Scottish Leaving Certificate Examination, 1955
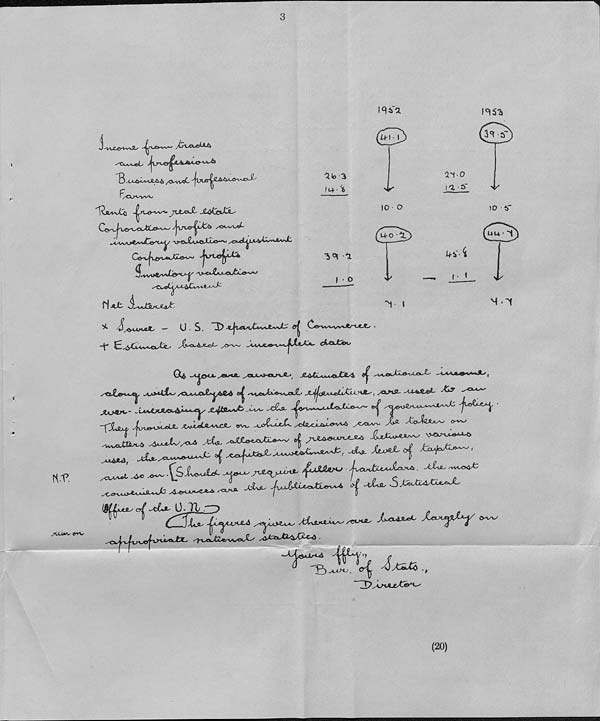
3
H-'P.
JUJJ** fffV
sXk**jcL
<1<0 3
f(4- ^
r ^^Xrv^vvV/
iqaa
(^77)
'V
to • o
a'f-o
/aa'
M-0 X
■5^ 1
I • o
4v^
—.
(■ I
■v «
F^ftA^Cb
^jtt-oX ji&ij&XL'
-|vrc«s^t*
Qsvvx>***ter<-+y Avei-Cc«^5u61«>^
f^l A-t
u.S.
^ <
-t" &^>CU~^c%j3ts Js-4X^*^
dfOJ^Ou
Ou - A -£& 1 *- ^«»^*-- ^cw^j-eL>^a-> ( ji^tLMJoJtje^i
/<OuLAj>£^yC!&A a^ -vycaJa^tAjaJL' JLjj<jiA*joLl£ij-HA~',
^Ihtti 1 - Xy
Xu>A^~- JkjuJ(jOOcl^m^ Xj^tSU^X
xfLsi- ^r%^^£yaJi>ie>^ &<|
•
n ■ e
. . •
v n JCjoJ&x*s<~> cr^J
10 if
<Ftj)
M •'t
-fXaxf Jxr^rO^XX
orvv
iULx^J
0-71.—>
(20)